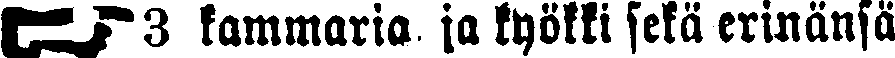
☛ 3 kammaria ja kyökki sekä erinänsä